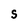
Character: S